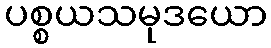
ပစ္စယသမုဒယော